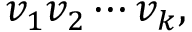
v _ { 1 } v _ { 2 } \cdots v _ { k } ,